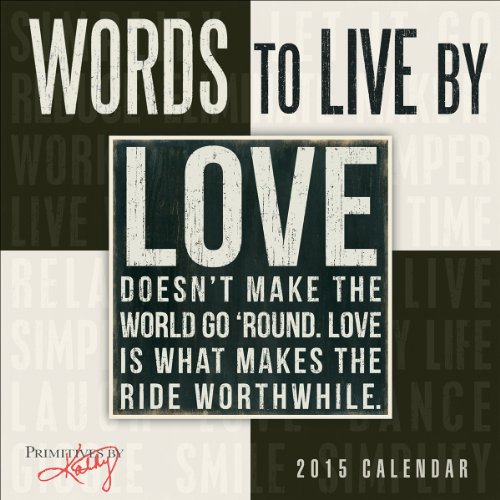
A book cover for Words to Live By 2015 Mini Calendar; Sellers Publishing Inc; Calendars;